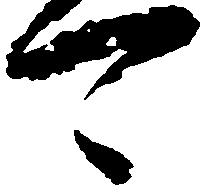
可